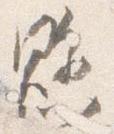
懸